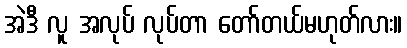
အဲဒီ လူ အလုပ် လုပ်တာ တော်တယ်မဟုတ်လား။